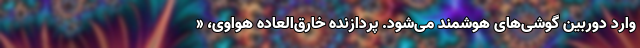
وارد دوربین گوشی‌های هوشمند می‌شود. پردازنده خارق‌العاده هواوی، «